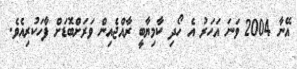
އޭނާ 2004 ވަނަ އަހަރު އެ ހޯދި ކާމިޔާބީ ރާއްޖެއިން ވަރަށްބޮޑަށް ފާހަކުރިއެވެ.